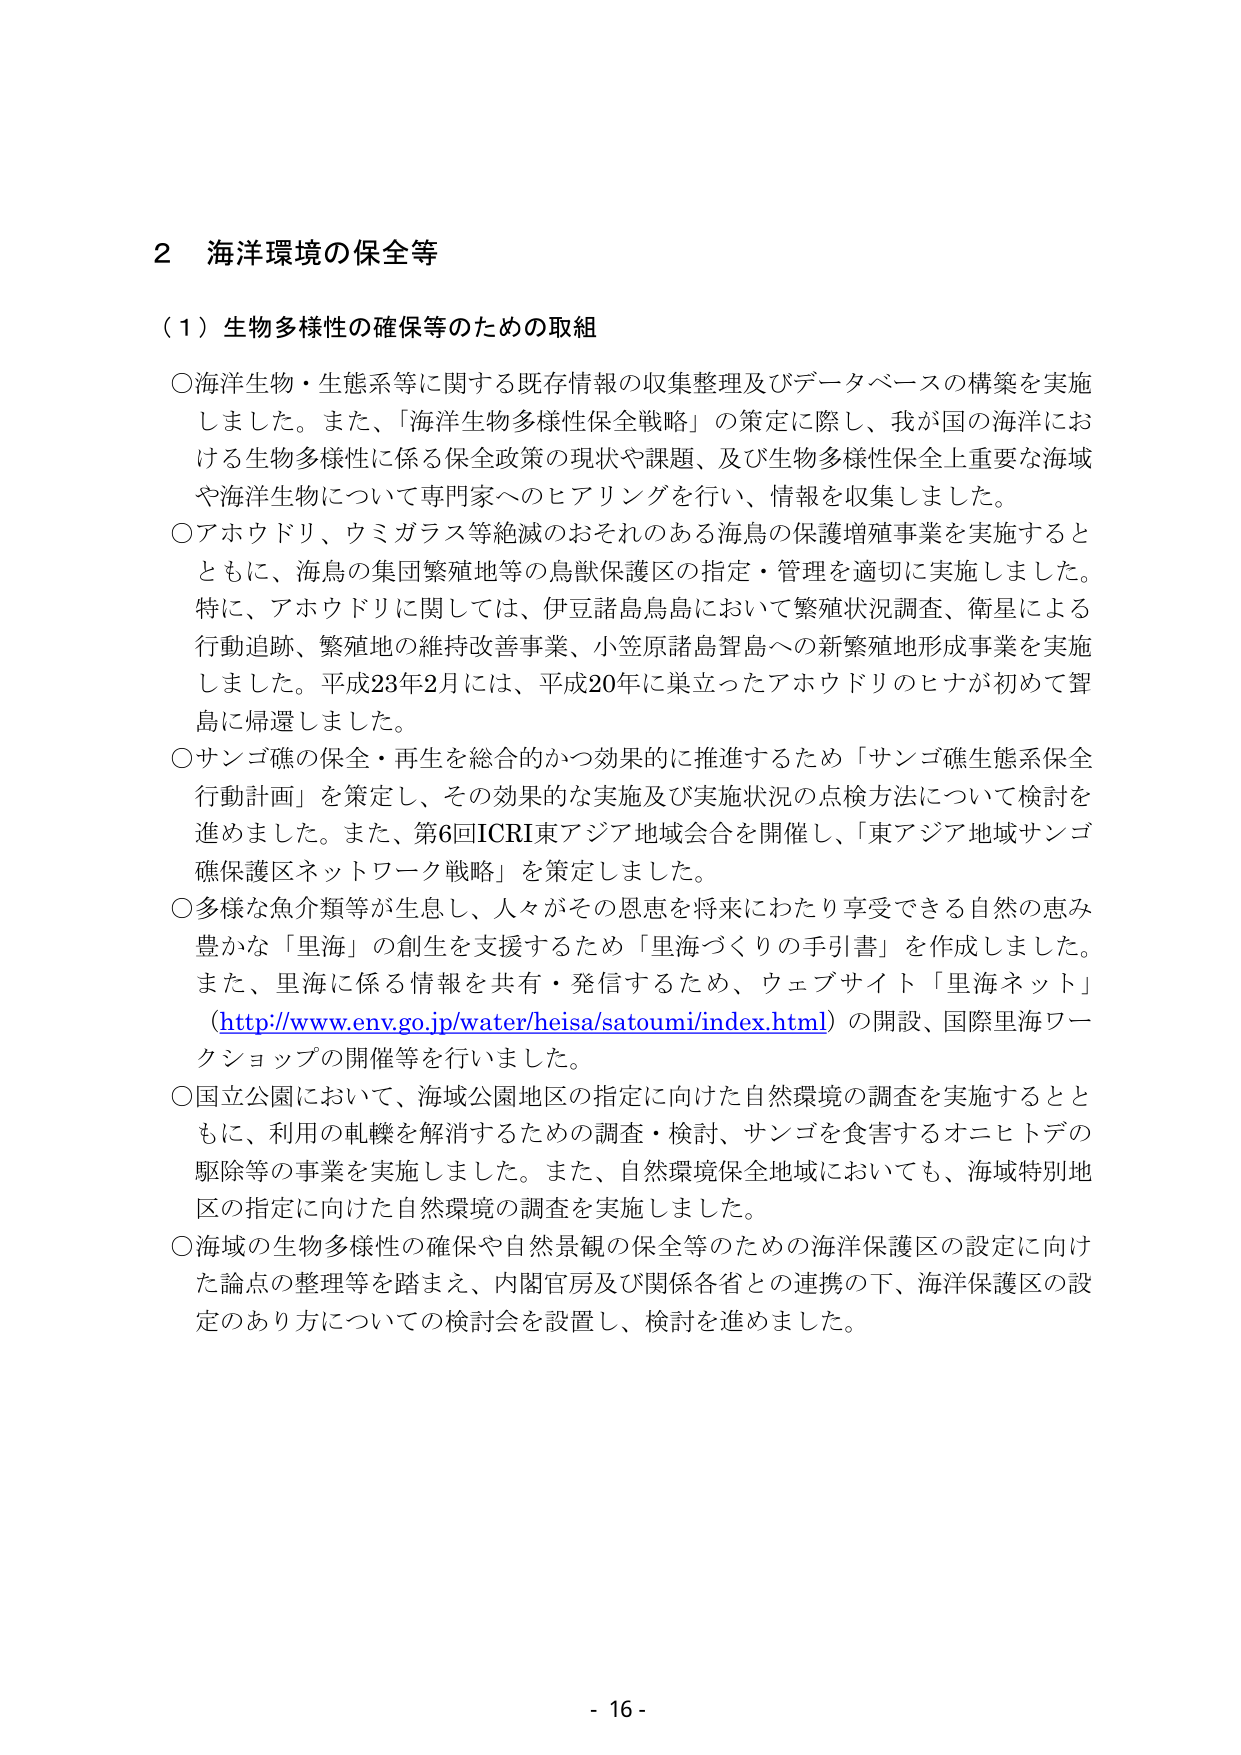
2 海洋環境の保全等

（1）生物多様性の確保等のための取組

○海洋生物・生態系等に関する既存情報の収集整理及びデータベースの構築を実施しました。また、「海洋生物多様性保全戦略」の策定に際し、我が国の海洋における生物多様性に係る保全政策の現状や課題、及び生物多様性保全上重要な海域や海洋生物について専門家へのヒアリングを行い、情報を収集しました。

○アホウドリ、ウミガラス等絶滅のおそれのある海鳥の保護増殖事業を実施するとともに、海鳥の集団繁殖地等の鳥獣保護区の指定・管理を適切に実施しました。特に、アホウドリに関しては、伊豆諸島鳥島において繁殖状況調査、衛星による行動追跡、繁殖地の維持改善事業、小笠原諸島聟島への新繁殖地形成事業を実施しました。平成23年2月には、平成20年に巣立ったアホウドリのヒナが初めて聟島に帰還しました。

○サンゴ礁の保全・再生を総合的かつ効果的に推進するため「サンゴ礁生態系保全行動計画」を策定し、その効果的な実施及び実施状況の点検方法について検討を進めました。また、第6回ICRI東アジア地域会合を開催し、「東アジア地域サンゴ礁保護区ネットワーク戦略」を策定しました。

○多様な魚介類等が生息し、人々がその恩恵を将来にわたり享受できる自然の恵み豊かな「里海」の創生を支援するため「里海づくりの手引書」を作成しました。また、里海に係る情報を共有・発信するため、ウェブサイト「里海ネット」（http://www.env.go.jp/water/heisa/satoumi/index.html）の開設、国際里海ワークショップの開催等を行いました。

○国立公園において、海域公園地区の指定に向けた自然環境の調査を実施するとともに、利用の軋轢を解消するための調査・検討、サンゴを食害するオニヒトデの駆除等の事業を実施しました。また、自然環境保全地域においても、海域特別地区の指定に向けた自然環境の調査を実施しました。

○海域の生物多様性の確保や自然景観の保全等のための海洋保護区の設定に向けた論点の整理等を踏まえ、内閣官房及び関係各省との連携の下、海洋保護区の設定のあり方についての検討会を設置し、検討を進めました。

- 16 -